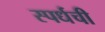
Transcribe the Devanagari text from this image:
स्पर्धची